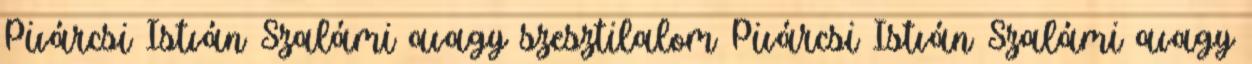
Pivárcsi István Szalámi avagy szesztilalom Pivárcsi István Szalámi avagy